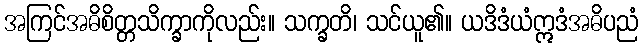
အကြင်အဓိစိတ္တသိက္ခာကိုလည်း။ သက္ခတိ၊ သင်ယူ၏။ ယဒိဒံယံဣဒံအဓိပညံ